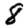
Digit: 8